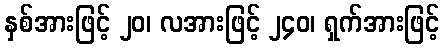
နှစ်အားဖြင့် ၂၀၊ လအားဖြင့် ၂၄၀၊ ရှက်အားဖြင့်